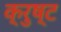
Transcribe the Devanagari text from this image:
क्रुष्ट